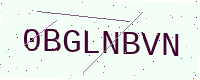
Text: 0BGLNBVN